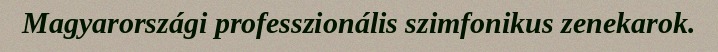
Magyarországi professzionális szimfonikus zenekarok.